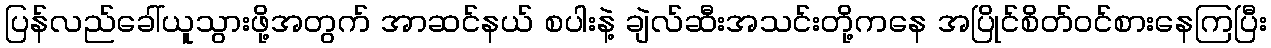
ပြန်လည်ခေါ်ယူသွားဖို့အတွက် အာဆင်နယ် စပါးနဲ့ ချဲလ်ဆီးအသင်းတို့ကနေ အပြိုင်စိတ်ဝင်စားနေကြပြီး